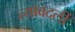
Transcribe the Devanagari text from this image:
त्याबदली